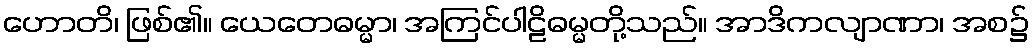
ဟောတိ၊ ဖြစ်၏။ ယေတေဓမ္မာ၊ အကြင်ပါဠိဓမ္မတို့သည်။ အာဒိကလျာဏာ၊ အစ၌